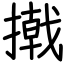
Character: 撠